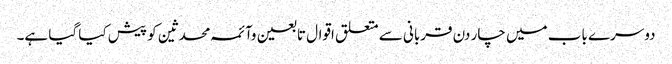
دوسرے باب میں چار دن قربانی سے متعلق اقوال تابعین وآئمہ محدثین کو پیش کیا گیا ہے۔